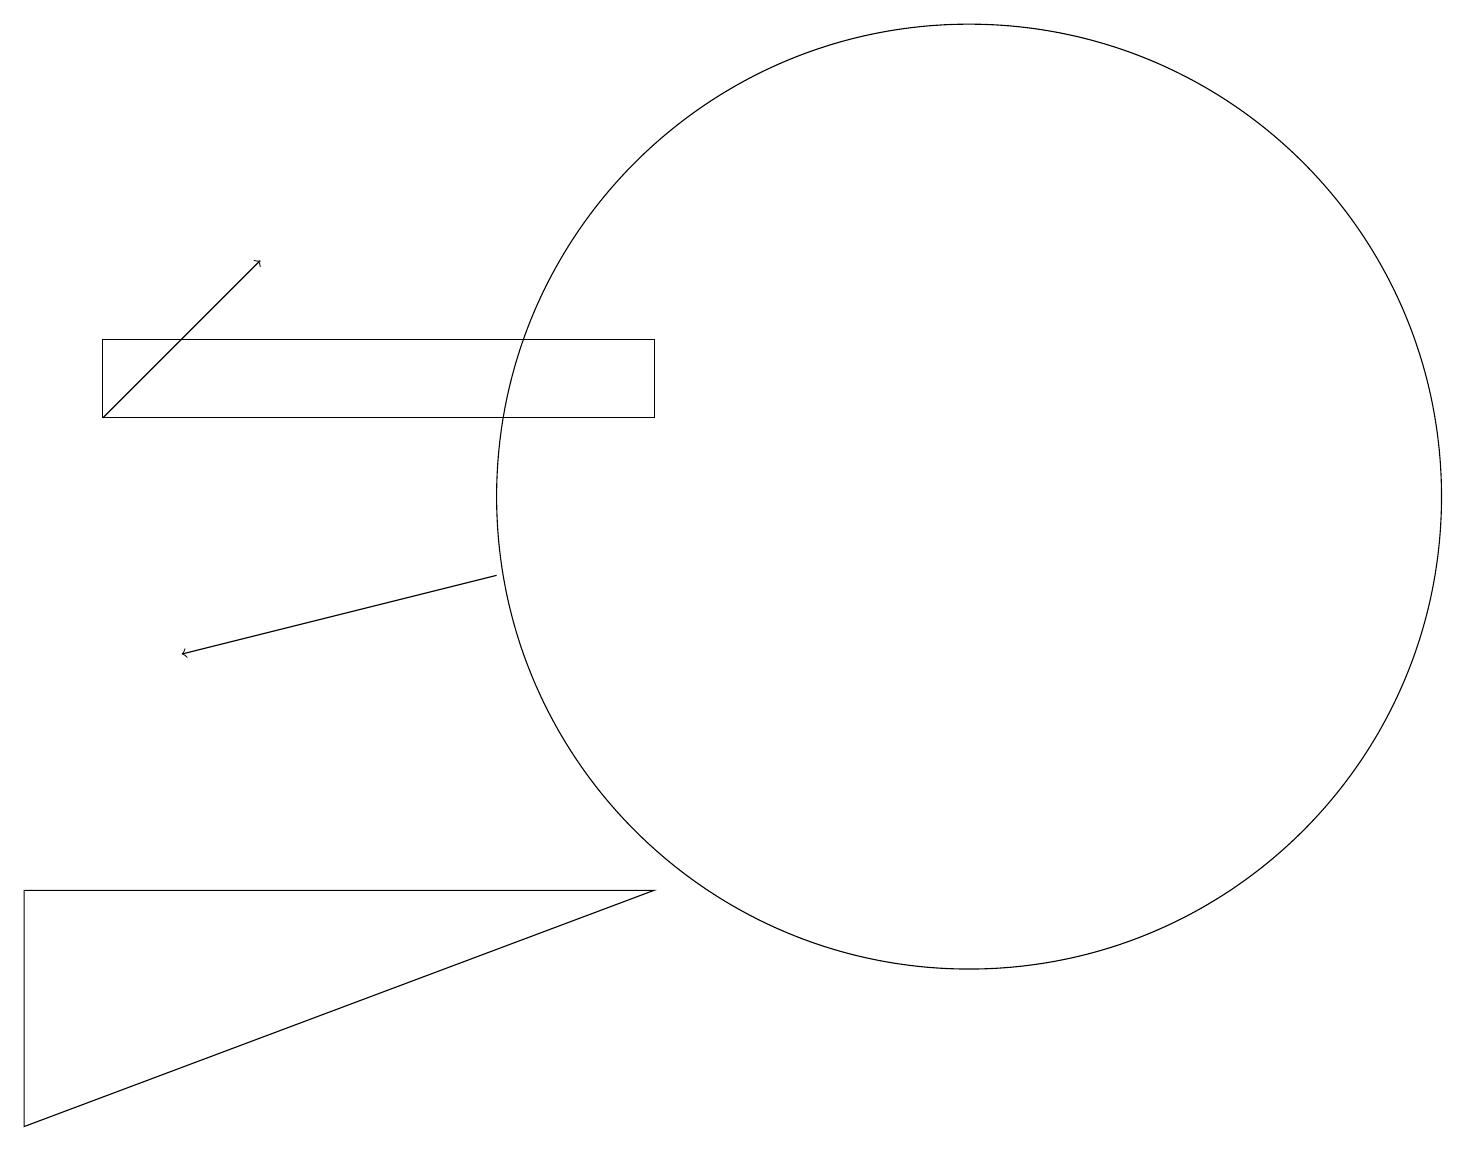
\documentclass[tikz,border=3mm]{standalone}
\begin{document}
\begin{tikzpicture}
\draw (12,12) circle (6);
\draw[->] (1,13) -- (3,15);
\draw (8,13) rectangle (1,14);
\draw[->] (6,11) -- (2,10);
\draw (8,7) -- (0,4) -- (0,7) -- cycle;
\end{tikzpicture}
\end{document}